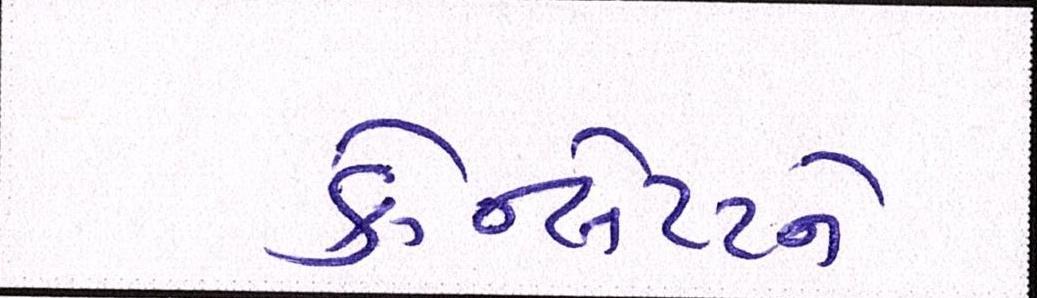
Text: કોન્સેપ્ટને